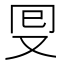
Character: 𠬸